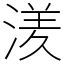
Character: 湵